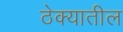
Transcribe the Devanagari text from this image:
ठेक्‍यातील